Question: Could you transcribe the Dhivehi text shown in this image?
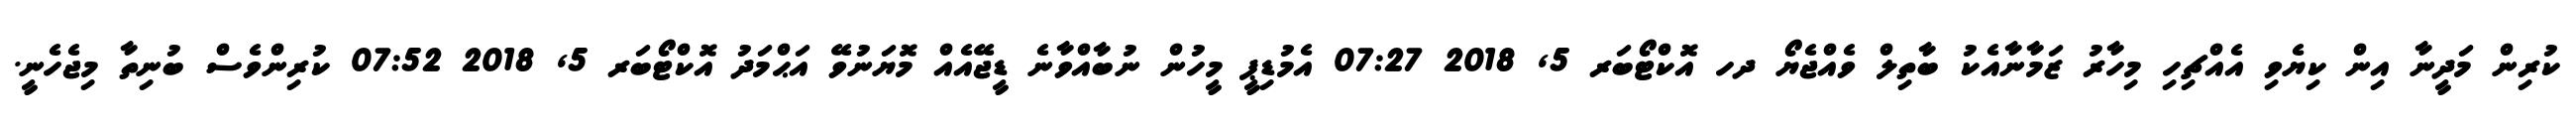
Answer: ކުރިން މަދީނާ އިން ކިޔެވި އެއްޗިހި މިހާރު ޒަމާނާއެކު ބާތިލް ވެއްޖެޔޯ ދހ އޮކްޓޯބަރ 5, 2018 07:27 އެމުޑިޕީ މީހުން ނުބާއްވާނެ ޑީޖޭއެއް މޮޔަނުވޭ އަޙްމަދު އޮކްޓޯބަރ 5, 2018 07:52 ކުރިންވެސް ބުނިތާ މިޖެހެނީ.